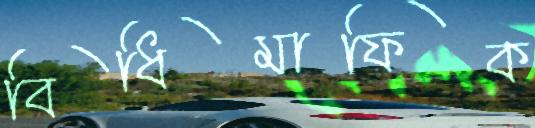
বিধিমাফিক